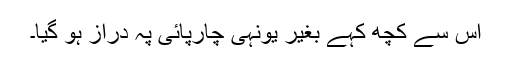
اس سے کچھ کہے بغیر یونہی چارپائی پہ دراز ہو گیا۔